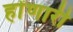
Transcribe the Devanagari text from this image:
होंणारी